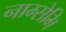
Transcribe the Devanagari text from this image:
नाम्सेभि